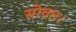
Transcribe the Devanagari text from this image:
सोवत।